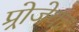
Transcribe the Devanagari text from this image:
प्र्रोजेक्ट